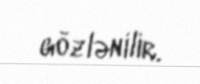
gözlənilir.